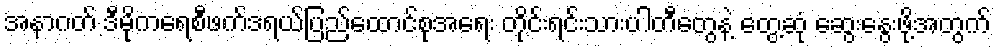
အနာဂတ် ဒီမိုကရေစီဖက်ဒရယ်ပြည်ထောင်စုအရေး တိုင်းရင်းသားပါတီတွေနဲ့ တွေ့ဆုံ ဆွေးနွေးဖို့အတွက်